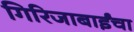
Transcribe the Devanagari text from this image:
गिरिजाबाईंचा